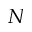
N